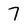
Character: 7